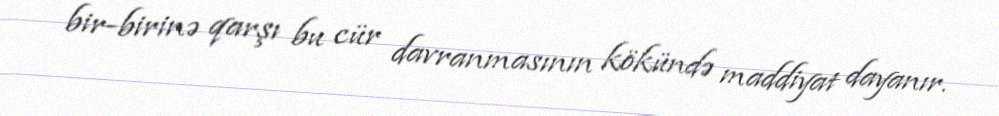
bir-birinə qarşı bu cür davranmasının kökündə maddiyat dayanır.